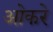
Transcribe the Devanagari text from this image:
ओकरे